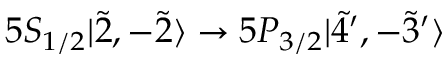
5 S _ { 1 / 2 } | \Tilde { 2 } , - \Tilde { 2 } \rangle \rightarrow 5 P _ { 3 / 2 } | \Tilde { 4 } ^ { \prime } , - \Tilde { 3 } ^ { \prime } \rangle